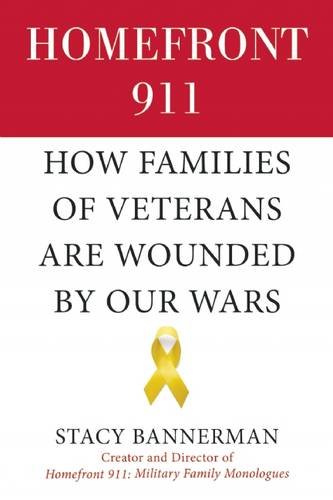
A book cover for Homefront 911: How Families of Veterans Are Wounded by Our Wars; Stacy Bannerman; Parenting & Relationships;